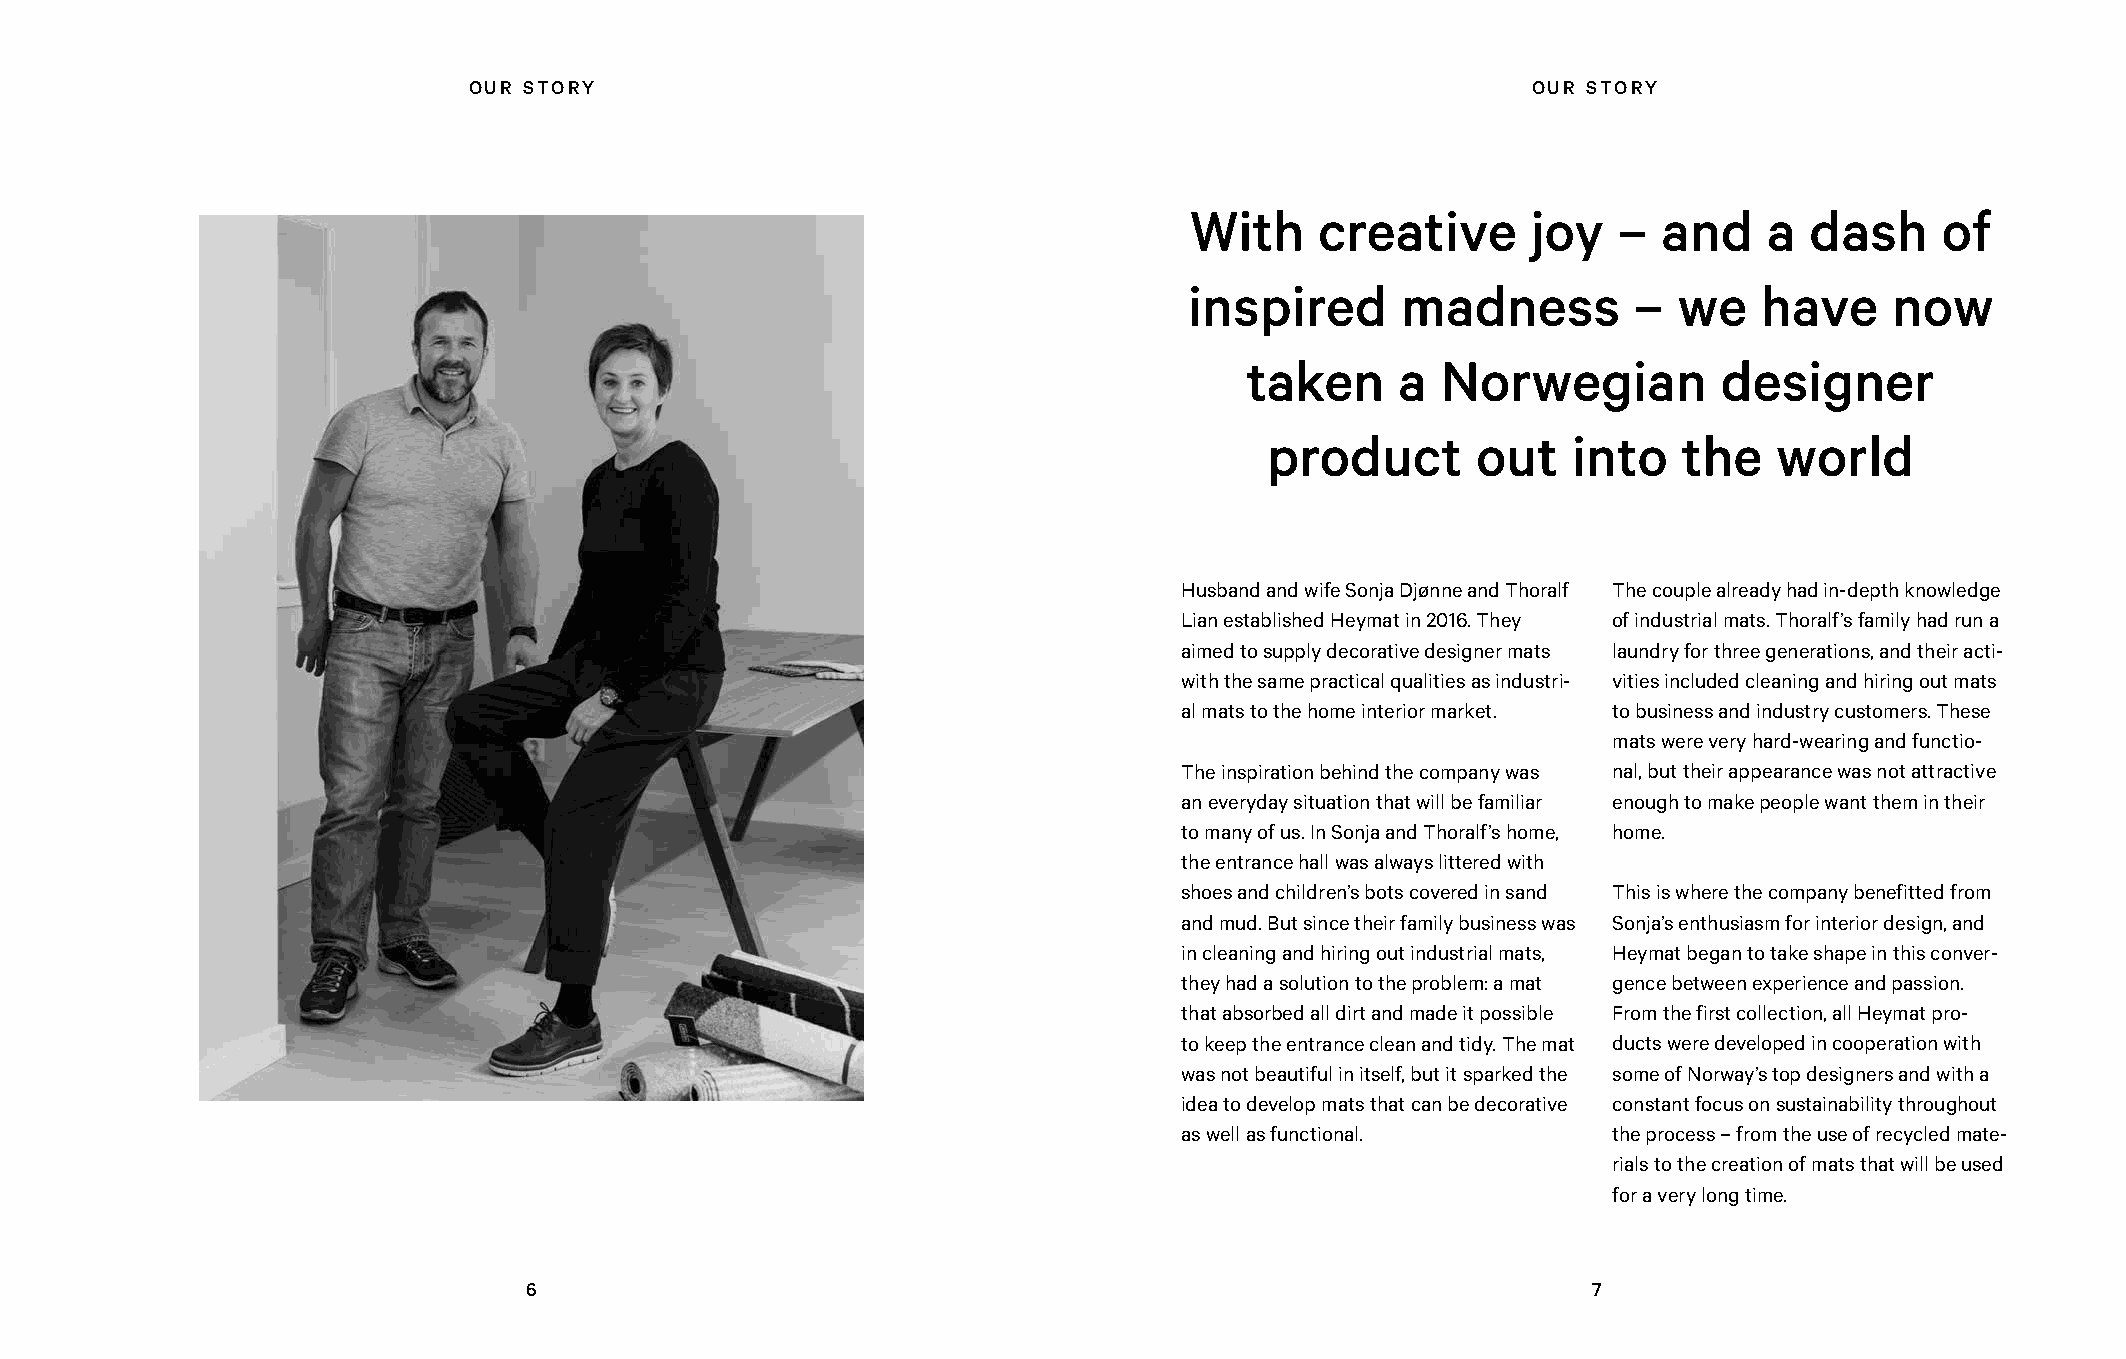
OUR STORY                                                             OUR STORY
 With    creative      joy   –  and    a  dash     of
 inspired      madness        –  we    have    now
 taken     a Norwegian          designer
 product       out   into   the    world
 Husband and wife Sonja Djønne and Thoralf The couple already had in-depth knowledge
 Lian established Heymat in 2016. They of industrial mats. Thoralf’s family had run a
 aimed to supply decorative designer mats laundry for three generations, and their acti-
 with the same practical qualities as industri- vities included cleaning and hiring out mats
 al mats to the home interior market. to business and industry customers. These
 mats were very hard-wearing and functio-
 The inspiration behind the company was nal, but their appearance was not attractive
 an everyday situation that will be familiar enough to make people want them in their
 to many of us. In Sonja and Thoralf’s home, home.
 the entrance hall was always littered with
 shoes and children’s bots covered in sand This is where the company benefitted from
 and mud. But since their family business was Sonja’s enthusiasm for interior design, and
 in cleaning and hiring out industrial mats, Heymat began to take shape in this conver-
 they had a solution to the problem: a mat gence between experience and passion.
 that absorbed all dirt and made it possible From the first collection, all Heymat pro-
 to keep the entrance clean and tidy. The mat ducts were developed in cooperation with
 was not beautiful in itself, but it sparked the some of Norway’s top designers and with a
 idea to develop mats that can be decorative constant focus on sustainability throughout
 as well as functional.       the process – from the use of recycled mate-
 rials to the creation of mats that will be used
 for a very long time.
 6                                                                     7